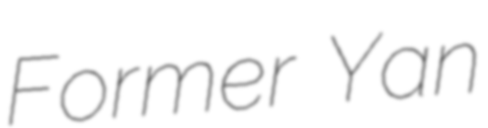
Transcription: Former Yan